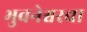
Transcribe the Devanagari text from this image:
भुवनेश्वरचा